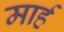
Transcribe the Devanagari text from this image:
मार्ह